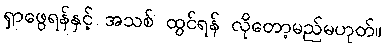
ရှာဖွေရန်နှင့် အသစ် ထွင်ရန် လိုတော့မည်မဟုတ်။